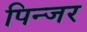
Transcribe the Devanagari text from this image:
पिन्जर